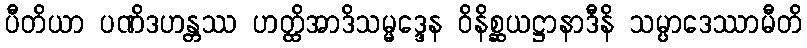
ပီတိယာ ပဏိဒဟန္တဿ ဟတ္ထိအာဒိသမ္မဒ္ဒေန ဝိနိစ္ဆယဋ္ဌာနာဒီနိ သမ္ပာဒေဿာမီတိ